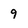
Character: 9